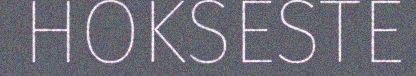
HOKSESTE